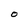
Character: O